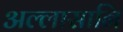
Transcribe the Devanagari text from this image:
अल्लासानि